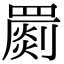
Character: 罽